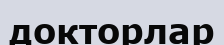
докторлар